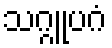
သဂ္ဂူပဂံ